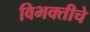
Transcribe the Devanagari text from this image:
विभक्तीचे